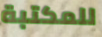
للمكتبة